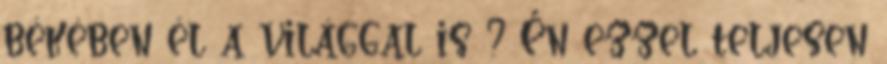
békében él a világgal is ? Én ezzel teljesen